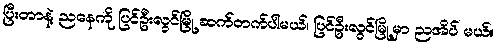
ပြီးတာနဲ့ ညနေကို ပြင်ဦးလွင်မြို့ ဆက်တက်ပါမယ်၊ ပြင်ဦးလွင်မြို့မှာ ညအိပ် မယ်။